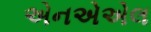
એનએએલ